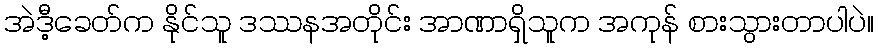
အဲဒီ့ခေတ်က နိုင်သူ ဒဿနအတိုင်း အာဏာရှိသူက အကုန် စားသွားတာပါပဲ။